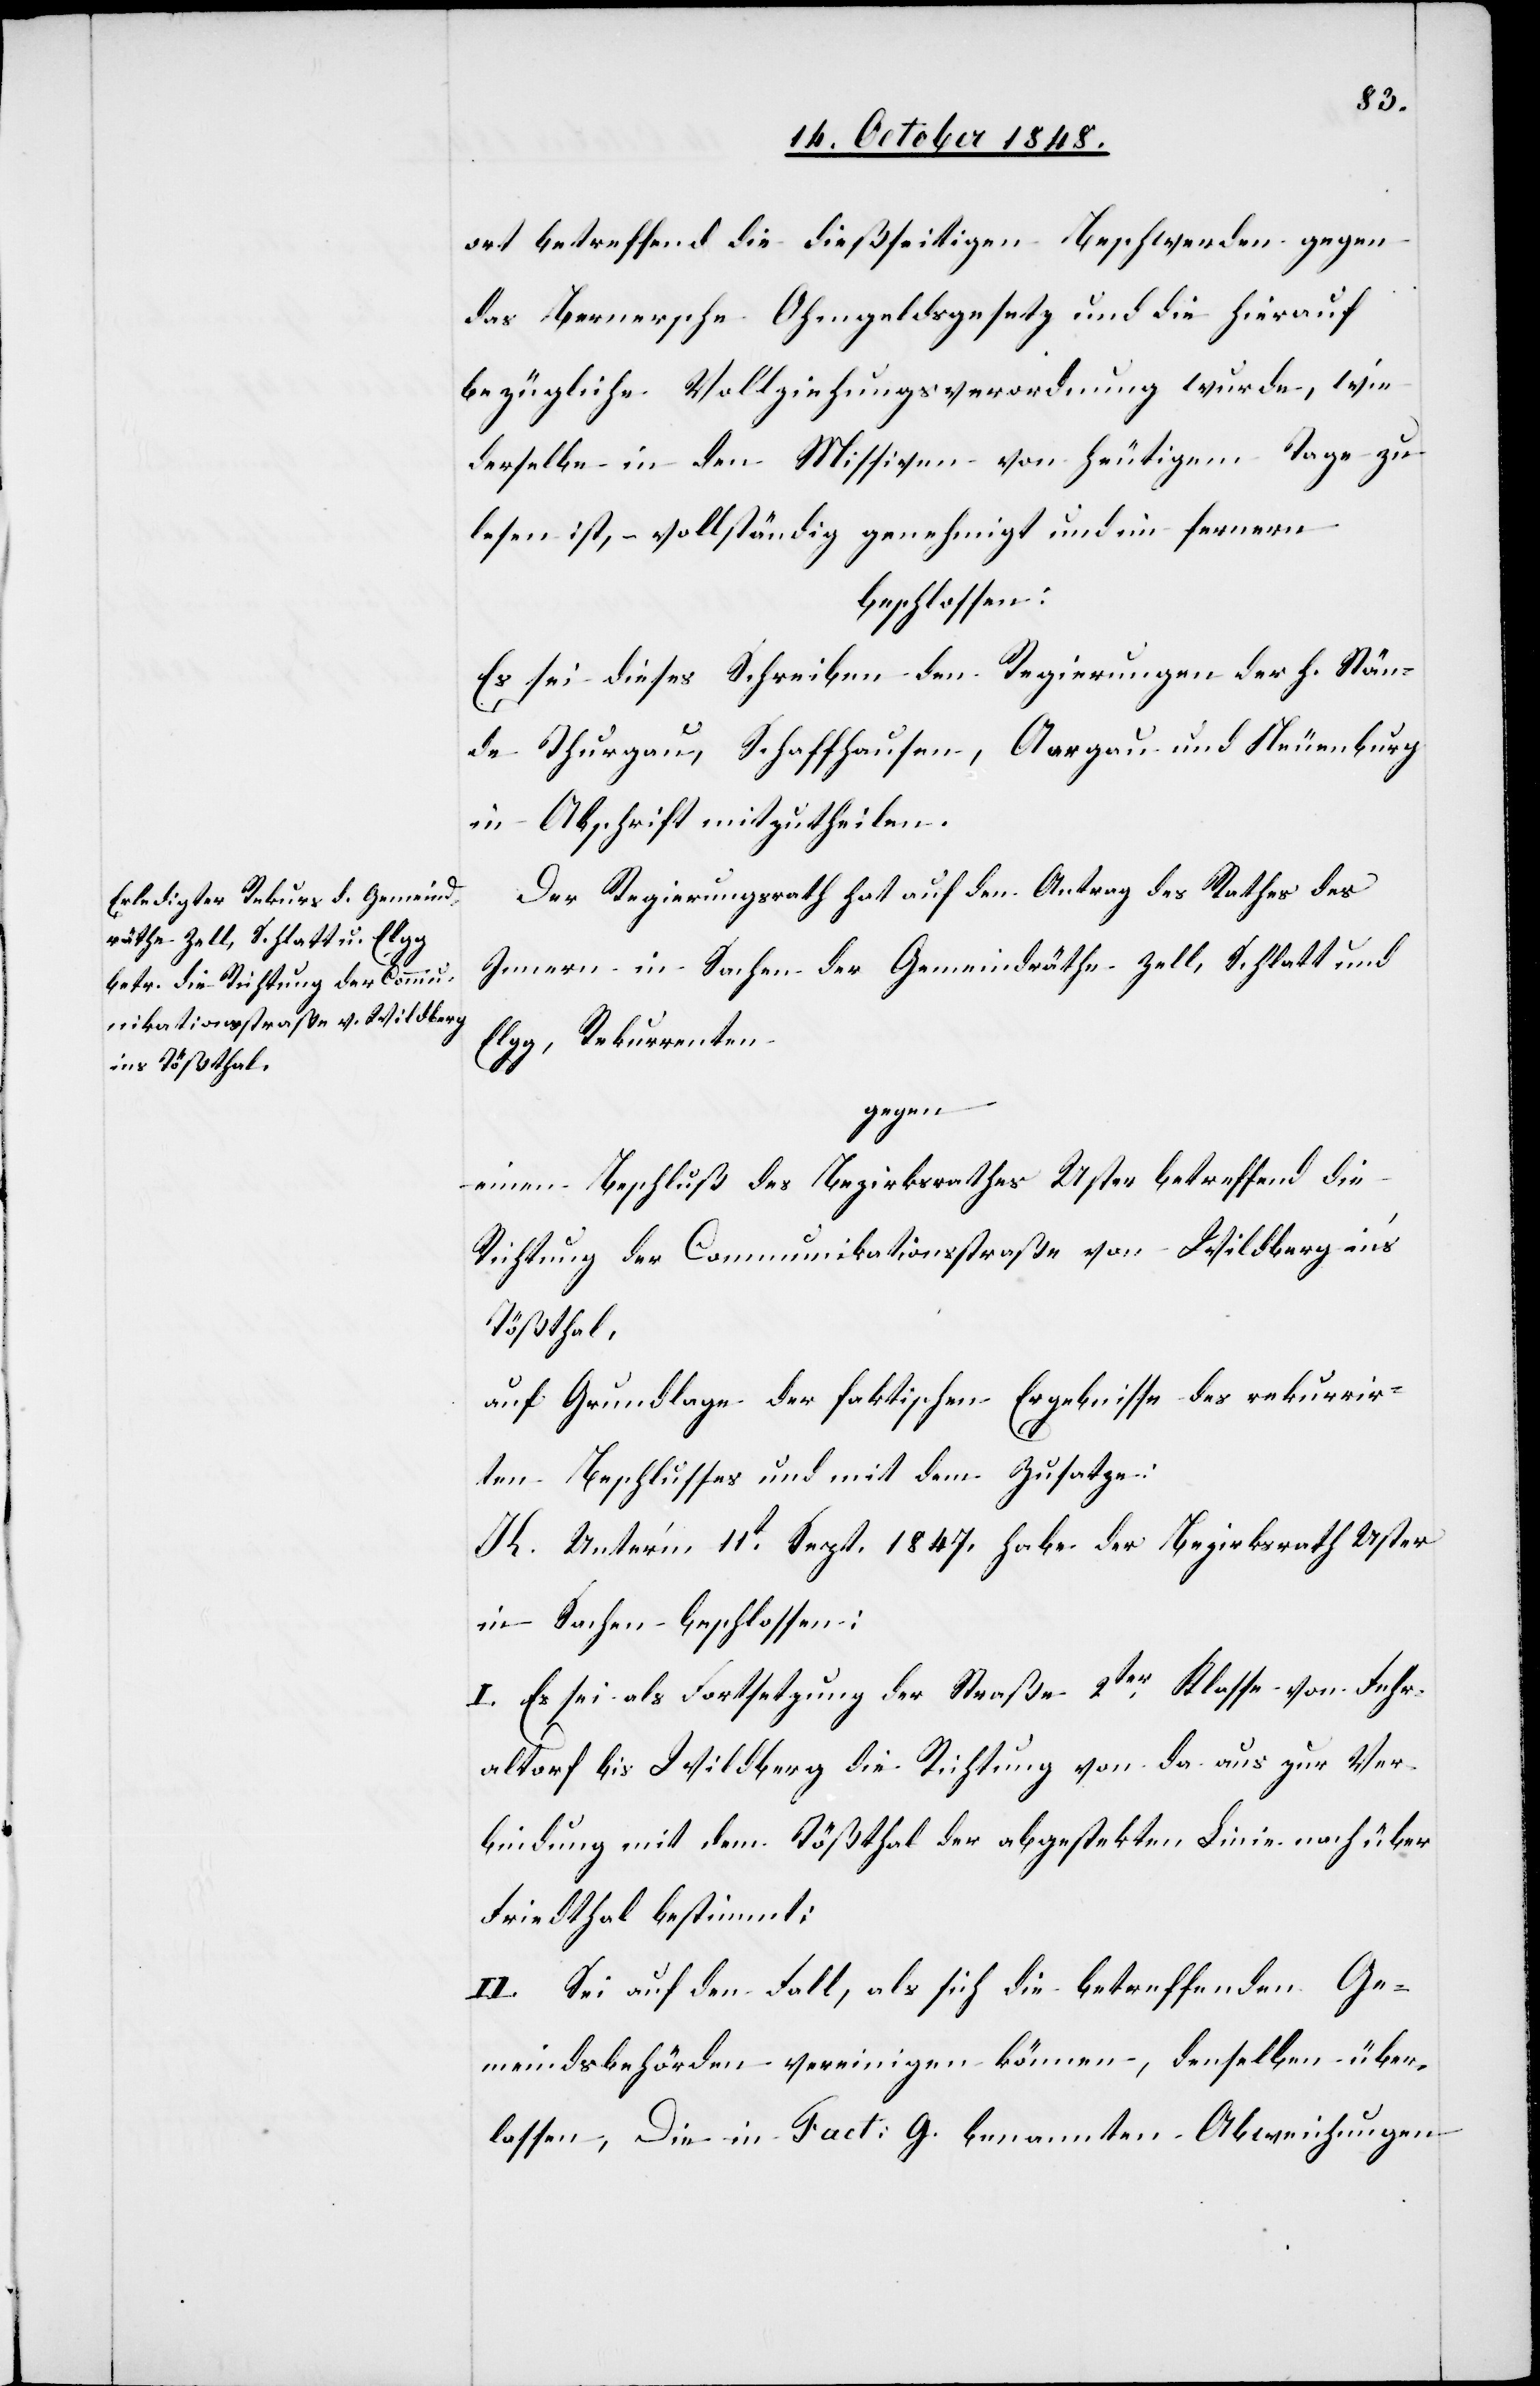
ort betreffend die dießseitigen Beschwerden gegen
das Bernersche Ohmgeldsgesetz und die hierauf
bezügliche Vollziehungsverordnung wurde, wie
derselbe in den Missiven von heutigem Tage zu
lesen ist, – vollständig genehmigt und im fernern
beschlossen:
Es sei dieses Schreiben den Regierungen der h. Stän¬
de Thurgau, Schaffhausen, Aargau und Neuenburg
in Abschrift mitzutheilen.
Der Regierungsrath hat auf den Antrag des Rathes des
Innern in Sachen der Gemeindräthe Zell, Schlatt und
Elgg, Rekurrenten
gegen
einen Beschluß des Bezirksrathes Uster betreffend die
Richtung der Communikationsstraße von Wildberg in’s
Tößthal,
auf Grundlage der faktischen Ergebnisse des rekurrir¬
ten Beschlusses und mit dem Zusatze:
K. Unter’m 11t Sept. 1847. habe der Bezirksrath Uster
in Sachen beschlossen:
I. Es sei als Fortsetzung der Straße 2ter Klasse von Fehr¬
altorf bis Wildberg die Richtung von da aus zur Ver¬
bindung mit dem Tößthal der abgestekten Linie nach über
Friedthal bestimmt;
II. Sei auf den Fall, als sich die betreffenden Ge¬
meindsbehörden vereinigen können, denselben über¬
lassen, Die in Fact. G. benannten Abweichungen